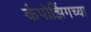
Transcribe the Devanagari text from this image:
कंपोझिंगच्या